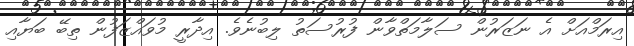
އިރަމްއަށް އެ ނަޒަރުން ސަލާމަތްވާން ފުރުސަތު ލިބުނެވެ. އިދާރީ މުވައްޒަފުން ތިބޭ ބަޔާއި